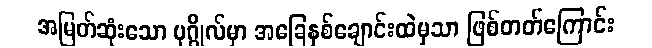
အမြတ်ဆုံးသော ပုဂ္ဂိုလ်မှာ အခြေနှစ်ချောင်းထဲမှသာ ဖြစ်တတ်ကြောင်း